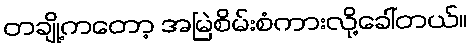
တချို့ကတော့ အမြဲစိမ်းစံကားလို့ခေါ်တယ်။